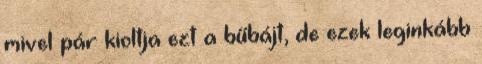
mivel pár kioltja ezt a bűbájt, de ezek leginkább